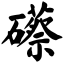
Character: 礤